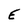
Character: E